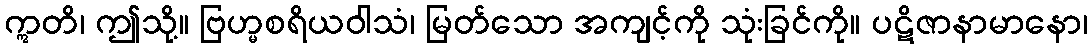
ဣတိ၊ ဤသို့။ ဗြဟ္မစရိယဝါသံ၊ မြတ်သော အကျင့်ကို သုံးခြင်ကို။ ပဋိဇာနာမာနော၊